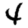
Digit: 4